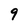
Character: 9